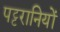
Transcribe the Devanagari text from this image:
पट्टरानियों